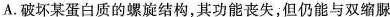
A.破坏某蛋白质的螺旋结构，其功能丧失，但仍能与双缩脲